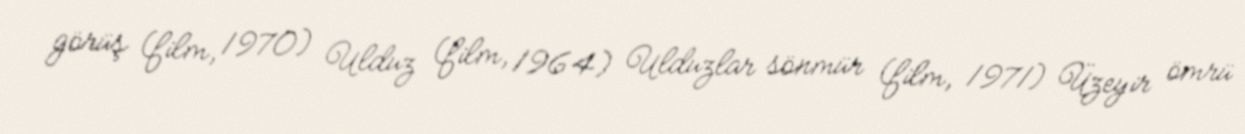
görüş (film, 1970) Ulduz (film, 1964) Ulduzlar sönmür (film, 1971) Üzeyir ömrü